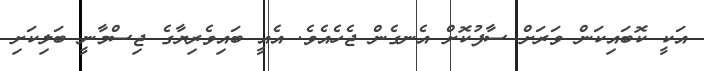
އަކީ ކޮބައިކަން ވަރަށް ސާފުކޮށް އެނގެން ޖެހެއެވެ. އެއީ ބައިވެރިޔާގެ ޖިސްމާނީ ބަލިކަށި